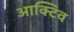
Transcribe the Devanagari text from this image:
आक्टिव